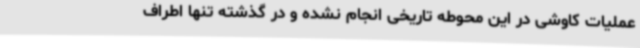
عملیات کاوشی در این محوطه تاریخی انجام نشده و در گذشته تنها اطراف